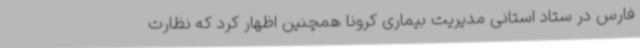
فارس در ستاد استانی مدیریت بیماری کرونا همچنین اظهار کرد که نظارت